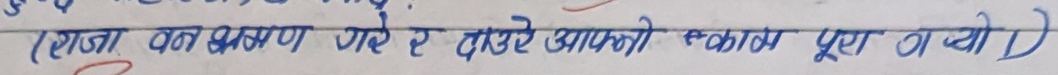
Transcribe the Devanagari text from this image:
(राजा वन भ्रमण गरे र दुईले आफ्नो स्थान पूरा भयो।)